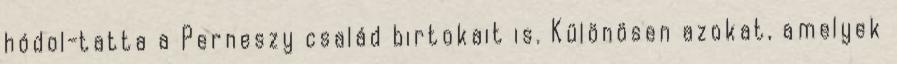
hódol-tatta a Perneszy család birtokait is. Különösen azokat, amelyek